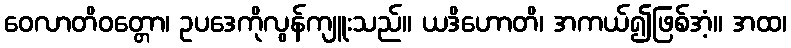
ဝေလာတိဝတ္တော၊ ဥပဒေကိုလွန်ကျူးသည်။ ယဒိဟောတိ၊ အကယ်၍ဖြစ်အံ့။ အထ၊